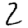
Digit: 2